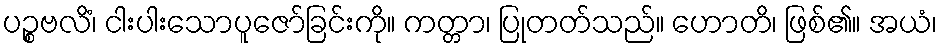
ပဉ္စဗလိံ၊ ငါးပါးသောပူဇော်ခြင်းကို။ ကတ္တာ၊ ပြုတတ်သည်။ ဟောတိ၊ ဖြစ်၏။ အယံ၊